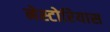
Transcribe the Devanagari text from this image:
नेस्टोरियास